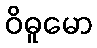
ဝိဓူမော